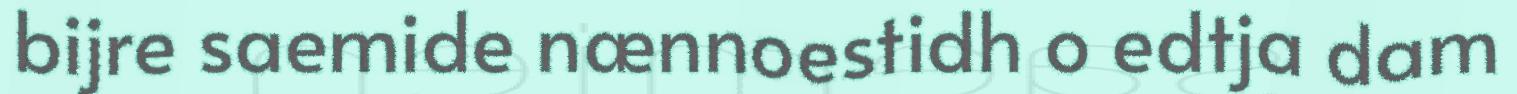
bijre saemide nænnoestidh o edtja dam